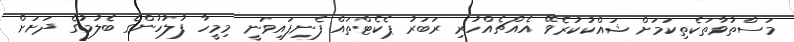
މަސްތުވާތަކެތިކަމަށް ޝައްކުކުރެވޭ އެއްޗެއްހުރި ރަބަރު ޕެކެޓްތައް ފެނިފައިވަނީ މިމީހާ ފުލުހުންގެ ބެލުމުގެ ދަށަށް